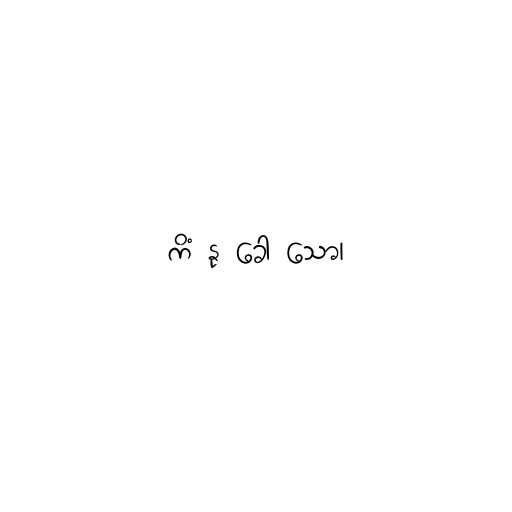
ကိံ နု ခေါ သော၊